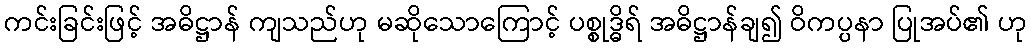
ကင်းခြင်းဖြင့် အဓိဋ္ဌာန် ကျသည်ဟု မဆိုသောကြောင့် ပစ္စုဒ္ဓိရ် အဓိဋ္ဌာန်ချ၍ ဝိကပ္ပနာ ပြုအပ်၏ ဟု